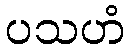
ပသဟံ